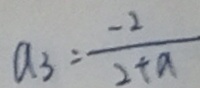
a _ { 3 } = \frac { - 2 } { 2 + a }